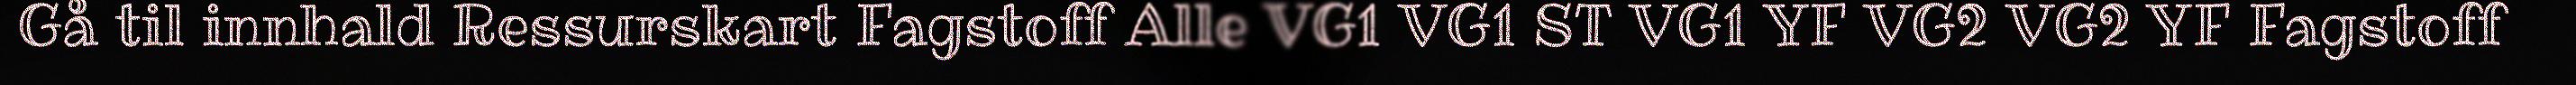
Gå til innhald Ressurskart Fagstoff Alle VG1 VG1 ST VG1 YF VG2 VG2 YF Fagstoff